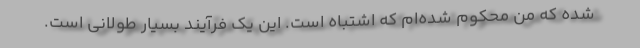
شده که من محکوم شده‌ام که اشتباه است. این یک فرآیند بسیار طولانی است.